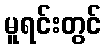
မူရင်းတွင်